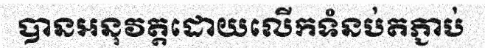
បានអនុវត្តដោយលើកទំនប់តភ្ជាប់